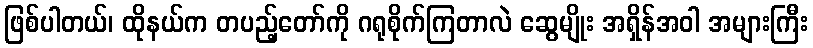
ဖြစ်ပါတယ်၊ ထိုနယ်က တပည့်တော်ကို ဂရုစိုက်ကြတာလဲ ဆွေမျိုး အရှိန်အဝါ အများကြီး